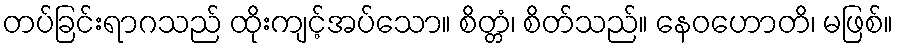
တပ်ခြင်းရာဂသည် ထိုးကျင့်အပ်သော။ စိတ္တံ၊ စိတ်သည်။ နေဝဟောတိ၊ မဖြစ်။